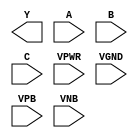
module sky130_fd_sc_ls__nand3 (
    Y   ,
    A   ,
    B   ,
    C   ,
    VPWR,
    VGND,
    VPB ,
    VNB
);

    output Y   ;
    input  A   ;
    input  B   ;
    input  C   ;
    input  VPWR;
    input  VGND;
    input  VPB ;
    input  VNB ;
endmodule